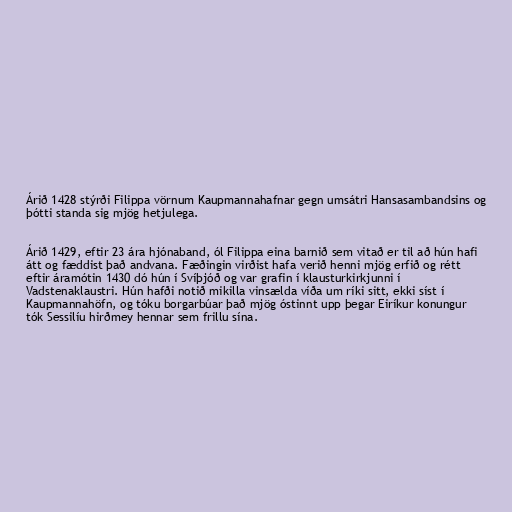
Árið 1428 stýrði Filippa vörnum Kaupmannahafnar gegn umsátri Hansasambandsins og
þótti standa sig mjög hetjulega.

Árið 1429, eftir 23 ára hjónaband, ól Filippa eina barnið sem vitað er til að hún hafi
átt og fæddist það andvana. Fæðingin virðist hafa verið henni mjög erfið og rétt
eftir áramótin 1430 dó hún í Svíþjóð og var grafin í klausturkirkjunni í
Vadstenaklaustri. Hún hafði notið mikilla vinsælda víða um ríki sitt, ekki síst í
Kaupmannahöfn, og tóku borgarbúar það mjög óstinnt upp þegar Eiríkur konungur
tók Sessilíu hirðmey hennar sem frillu sína.